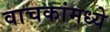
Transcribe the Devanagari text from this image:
वाचकांमध्ये